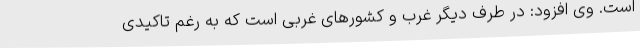
است. وی افزود: در طرف دیگر غرب و کشورهای غربی است که به رغم تاکیدی